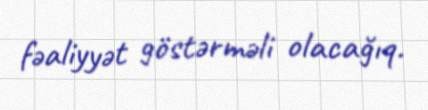
fəaliyyət göstərməli olacağıq.